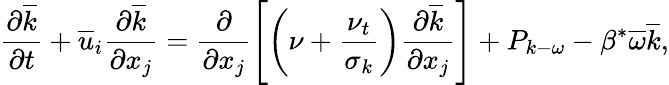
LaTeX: \frac{\partial\overline{{k}}}{\partial t}+\overline{{u}}_{i}\frac{\partial\overline{{k}}}{\partial x_{j}}=\frac{\partial}{\partial x_{j}}\left[\left(\nu+\frac{\nu_{t}}{\sigma_{k}}\right)\frac{\partial\overline{{k}}}{\partial x_{j}}\right]+P_{k-\omega}-\beta^{*}\overline{{\omega}}\overline{{k}},